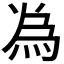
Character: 𫞟